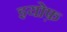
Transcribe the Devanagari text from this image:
इयोफ़